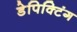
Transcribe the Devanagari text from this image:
डेपिक्टिंग